Trukikaitis_Postimees, lk 221
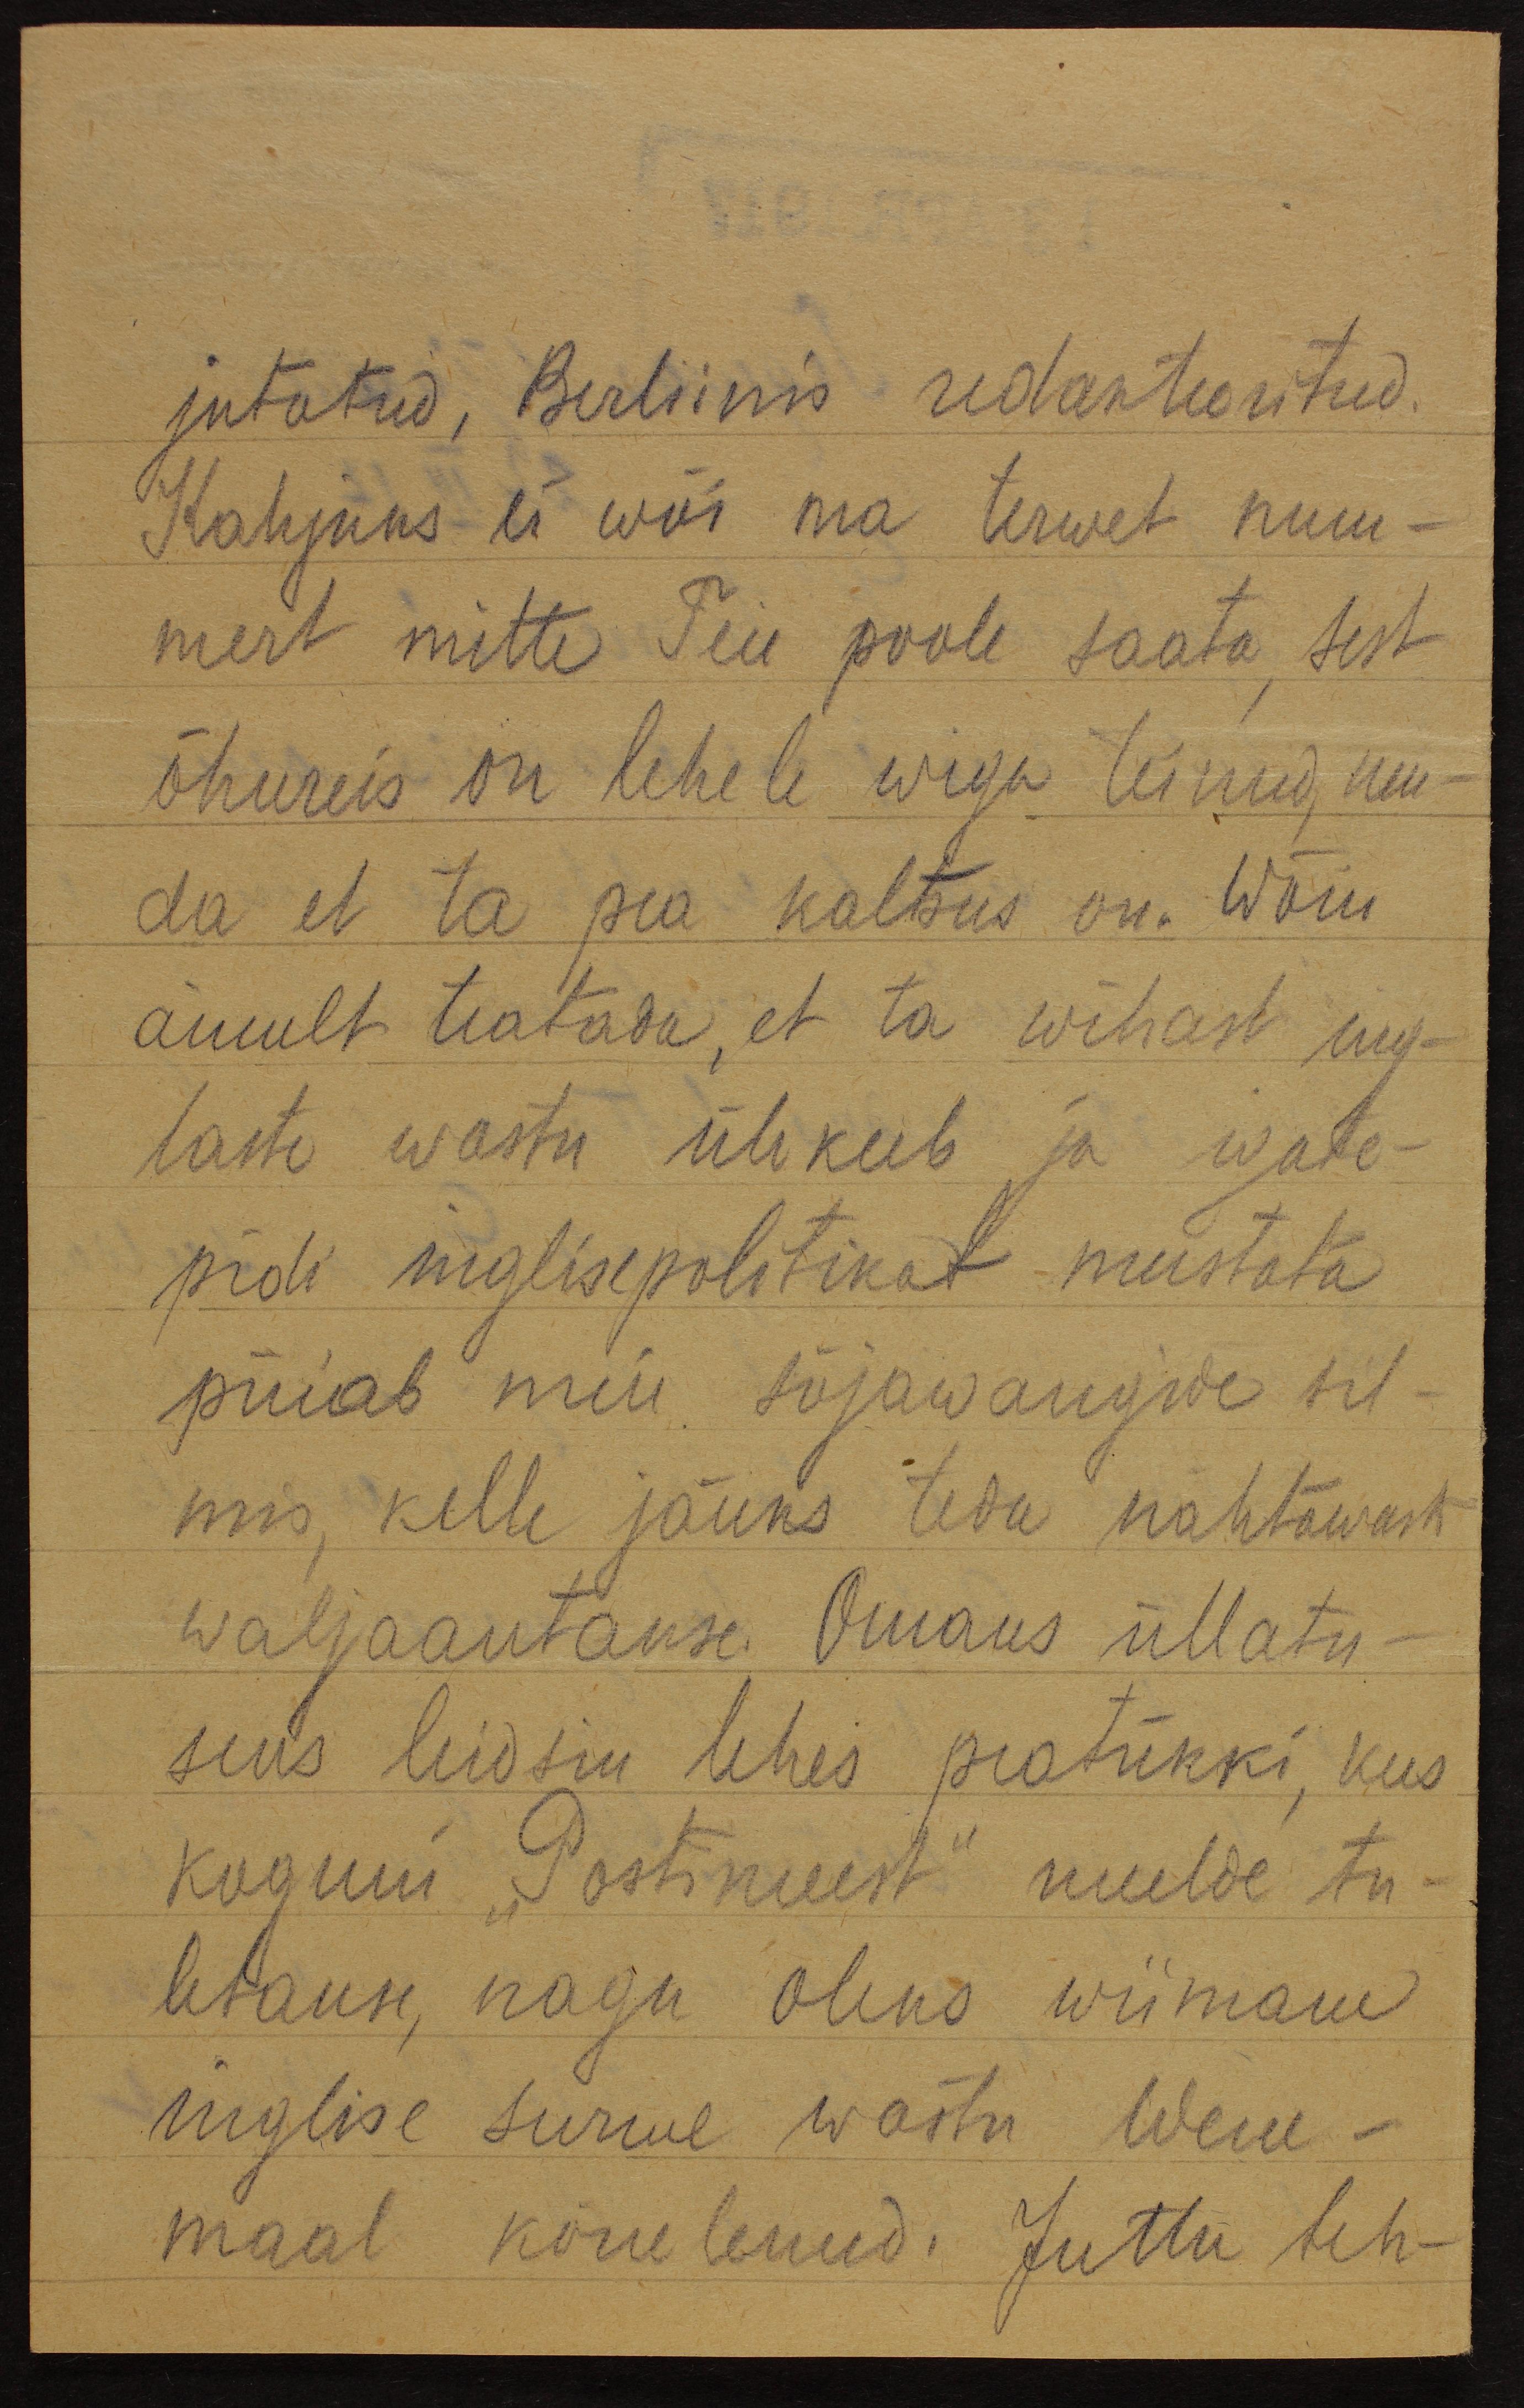
jutatud, Berliinis redakteeritud
Kahjuks ei wõi ma terwet num-
mert mitte Teie poole saata sest
õhureis on lehele wiga teinud, nen-
da et ta pea kaltsus on. Wõin
ainult teatada, et ta wihast ing-
laste wastu ülekeeb ja igate-
pidi inglisepolitikat mustata
püiab meie sõjawangide sil-
mis, kelle jõuks teda nähtawast
wäljaantakse. Omaks üllatu-
seks leidsin lehes peatükki, kus
koguni "Postimeest" meelde tu-
letakse, nagu oleks wiimane
inglise surwe wastu Wene-
maal kõnelenud. Juttu teh-